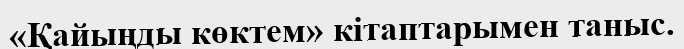
«Қайыңды көктем» кітаптарымен таныс.